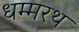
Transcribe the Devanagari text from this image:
धम्मरथ